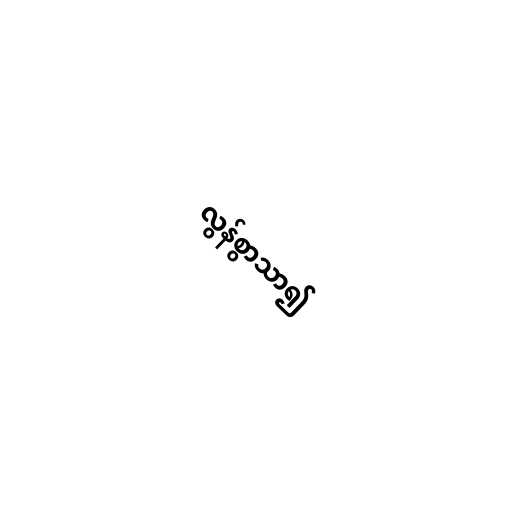
လွန်စွာသာ၍